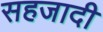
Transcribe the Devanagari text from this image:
सहजादी